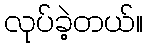
လုပ်ခဲ့တယ်။